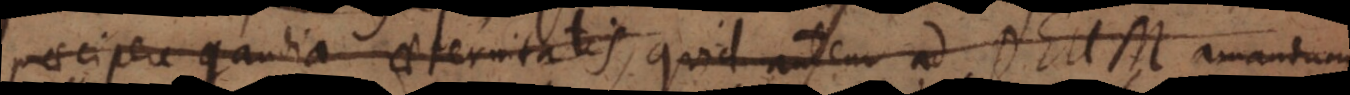
praecipere gaudia aeternitatis, quid autem ad Deum amandum